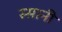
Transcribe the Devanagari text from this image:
स्सानी